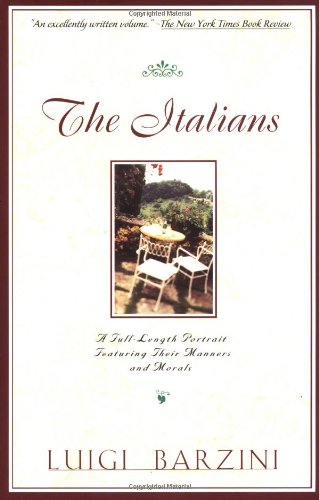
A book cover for The Italians; Luigi Barzini; History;